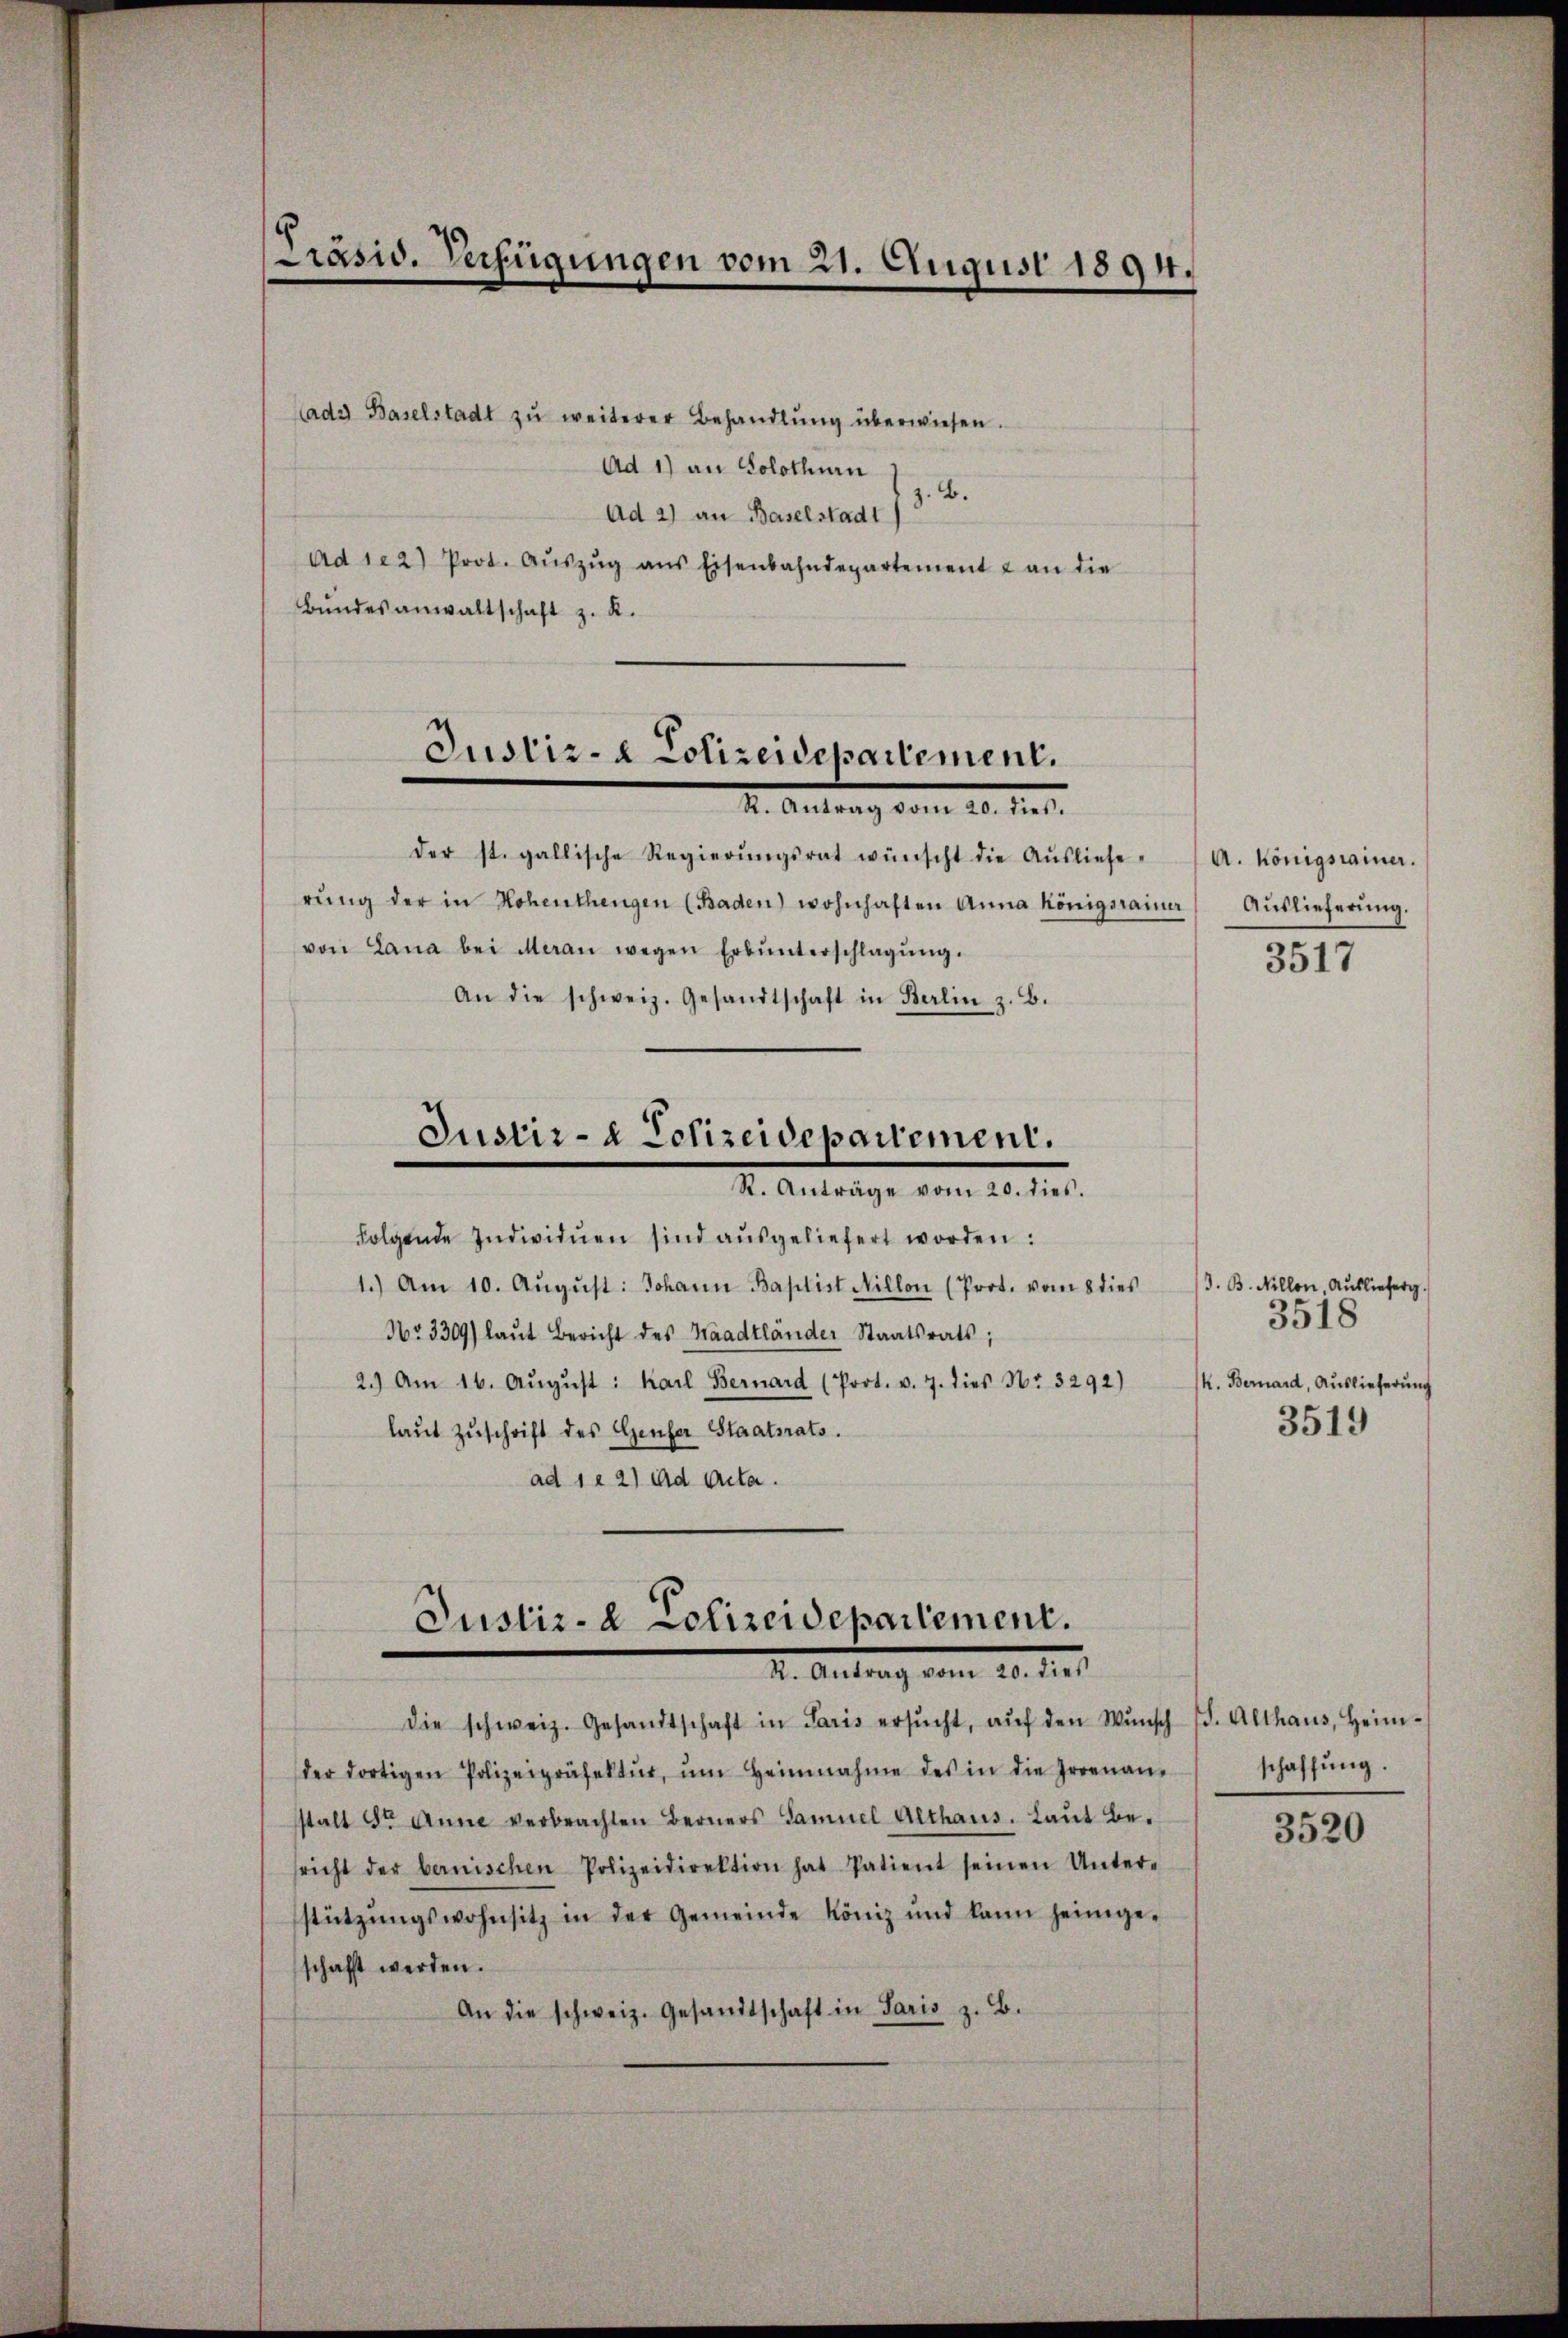
Präsid. Verfügungen vom 21. August 1894.

ady Baselstadt zu weiterer Behandlŭng überwiesen.
Ad 1) an Solothurn 14.
Ad 2) an Baselstadt)
Ad 1e2) Prot. Aŭszŭg ans Eisenbahndepartement & an die
Bŭndesanwaltschaft z. K.

Justiz- & Polizeidepartement.
2. Antrag vom 20. 121.

der st. gallische Regierŭngsrat wünscht die Aŭsliefe-
rŭng der in Hohenthengen (Baden) wohnhaften Anna Königsrainer Aŭslieferŭng.
von Lana bei Meran wegen Erbŭnterschlagŭng.
An die schweiz. Gesandtschaft in Berlin z. B.
Justiz- & Polizeidepartement.
I. Anträge vom 20. dies.
folgende Individuen sind aŭsgeliefert worden:
1.) Am 10. Aŭgŭst: Johann Baptist Nillon (Prot. vom 8 dies 3. B. Nillon, Aŭslieferg.
Nr. 3309) laŭt Bericht des Waadtländer Staatsrats;
2.) Am 16. Aŭgŭst: Karl Bernard (Poot. v. 7. dies Nr. 3292)
laŭt Zŭschrift des Genfer Staatsrats.
ad 1. 2) ad Acta.

Justiz- & Polizeidepartement.
I. Antrag vom 10. d. 1.

die schweiz. Gesandtschaft in Paris ersŭcht, aŭf den Wŭnsch (S. Althaus, Heim-
der dortigen Polizeipräsektŭr, ŭm Heinnahme des in die Irrenan-
stalt St. Anne verbrachten Berners Samuel Althaus. Laut besricht der benischen Polizeidirektion hat Patient seinen Unter-
stützŭngswohnsitz in der Gemeinde könig und kann heimge-
schafft werden.
An die schweiz. Gesandtschaft in Paris z. B.

A. Königstainer.
3517

3518
K. Bernard, Auslieferung
3519

schaffung.

3520